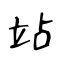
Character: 站